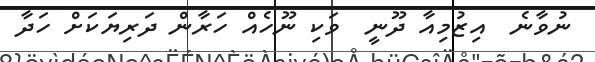
ނުވާނެ  އިޒުމިއާ ދޫނީ  ވަކި ނޫހެއް ހަރާން ދަރިޔަކަށް ހަދާ